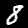
Digit: 8